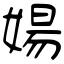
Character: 婸